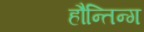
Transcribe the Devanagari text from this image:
हौन्तिन्ग